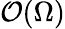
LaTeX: \mathcal{O}(\Omega)